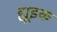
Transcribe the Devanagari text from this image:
ह्यूइक